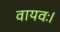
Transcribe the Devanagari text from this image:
वायवः।